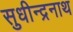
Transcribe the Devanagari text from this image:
सुधीन्द्रनाथ